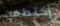
إختطفت